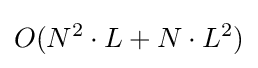
O(N^{2}\cdot L+N\cdot L^{2})